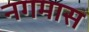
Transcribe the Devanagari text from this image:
नगमास